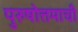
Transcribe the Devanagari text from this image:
पुरुषोत्तमाची